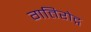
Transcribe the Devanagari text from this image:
गतिरोद्ग